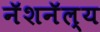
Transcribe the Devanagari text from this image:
नॅशनॅल्य